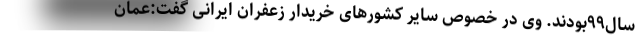
سال۹۹بودند. وی در خصوص سایر کشورهای خریدار زعفران ایرانی گفت:عمان